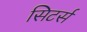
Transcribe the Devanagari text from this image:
सिटर्स